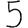
Digit: 5